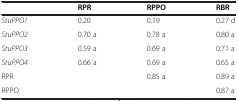
<table><thead><tr><td><b> </b></td><td><b>RPR</b></td><td><b>RPPO</b></td><td><b>RBR</b></td></tr></thead><tbody><tr><td><i>StuPPO1</i></td><td>0.20</td><td>0.19</td><td>0.27 d</td></tr><tr><td><i>StuPPO2</i></td><td>0.70 a</td><td>0.78 a</td><td>0.80 a</td></tr><tr><td><i>StuPPO3</i></td><td>0.59 a</td><td>0.69 a</td><td>0.71 a</td></tr><tr><td><i>StuPPO4</i></td><td>0.66 a</td><td>0.69 a</td><td>0.65 a</td></tr><tr><td>RPR</td><td> </td><td>0.85 a</td><td>0.89 a</td></tr><tr><td>RPPO</td><td> </td><td> </td><td>0.87 a</td></tr></tbody></table>